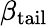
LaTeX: \beta_{\mathrm{tail}}